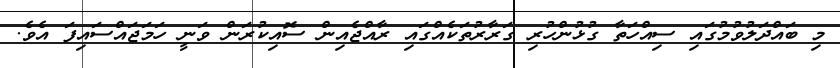
މި ބައްދަލުވުމުގައި ސިއްހަތާ ގުޅުންހުރި ގަރާރުތަކެއްގައި ރާއްޖެއިން ސޮއިކުރަން ވަނީ ހަމަޖައްސައިފަ އެވެ.